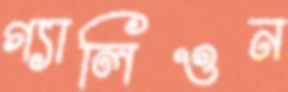
গ্যালিওন